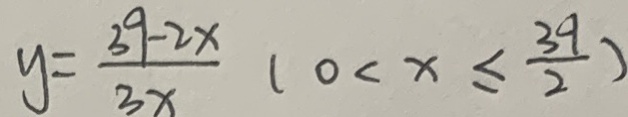
y = \frac { 3 9 - 2 x } { 3 x } ( 0 < x \leq \frac { 3 9 } { 2 } )